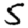
Digit: 5